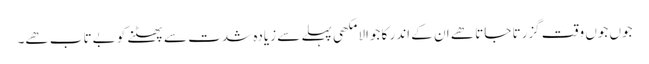
جوں جوں وقت گزرتا جاتا ھے ان کے اندر کا جوالا مکھی پہلے سے زیادہ شدت سے پھٹنے کو بےتاب ھے۔